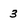
Character: 3